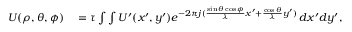
\begin{array} { r l } { U ( \rho , \theta , \phi ) } & { { } = \tau \int \int U ^ { \prime } ( x ^ { \prime } , y ^ { \prime } ) e ^ { - 2 \pi j ( \frac { \sin { \theta } \cos { \phi } } { \lambda } x ^ { \prime } + \frac { \cos { \theta } } { \lambda } y ^ { \prime } ) } \, d x ^ { \prime } d y ^ { \prime } , } \end{array}